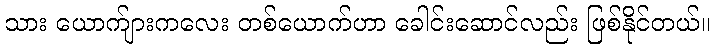
သား ယောက်ျားကလေး တစ်ယောက်ဟာ ခေါင်းဆောင်လည်း ဖြစ်နိုင်တယ်။